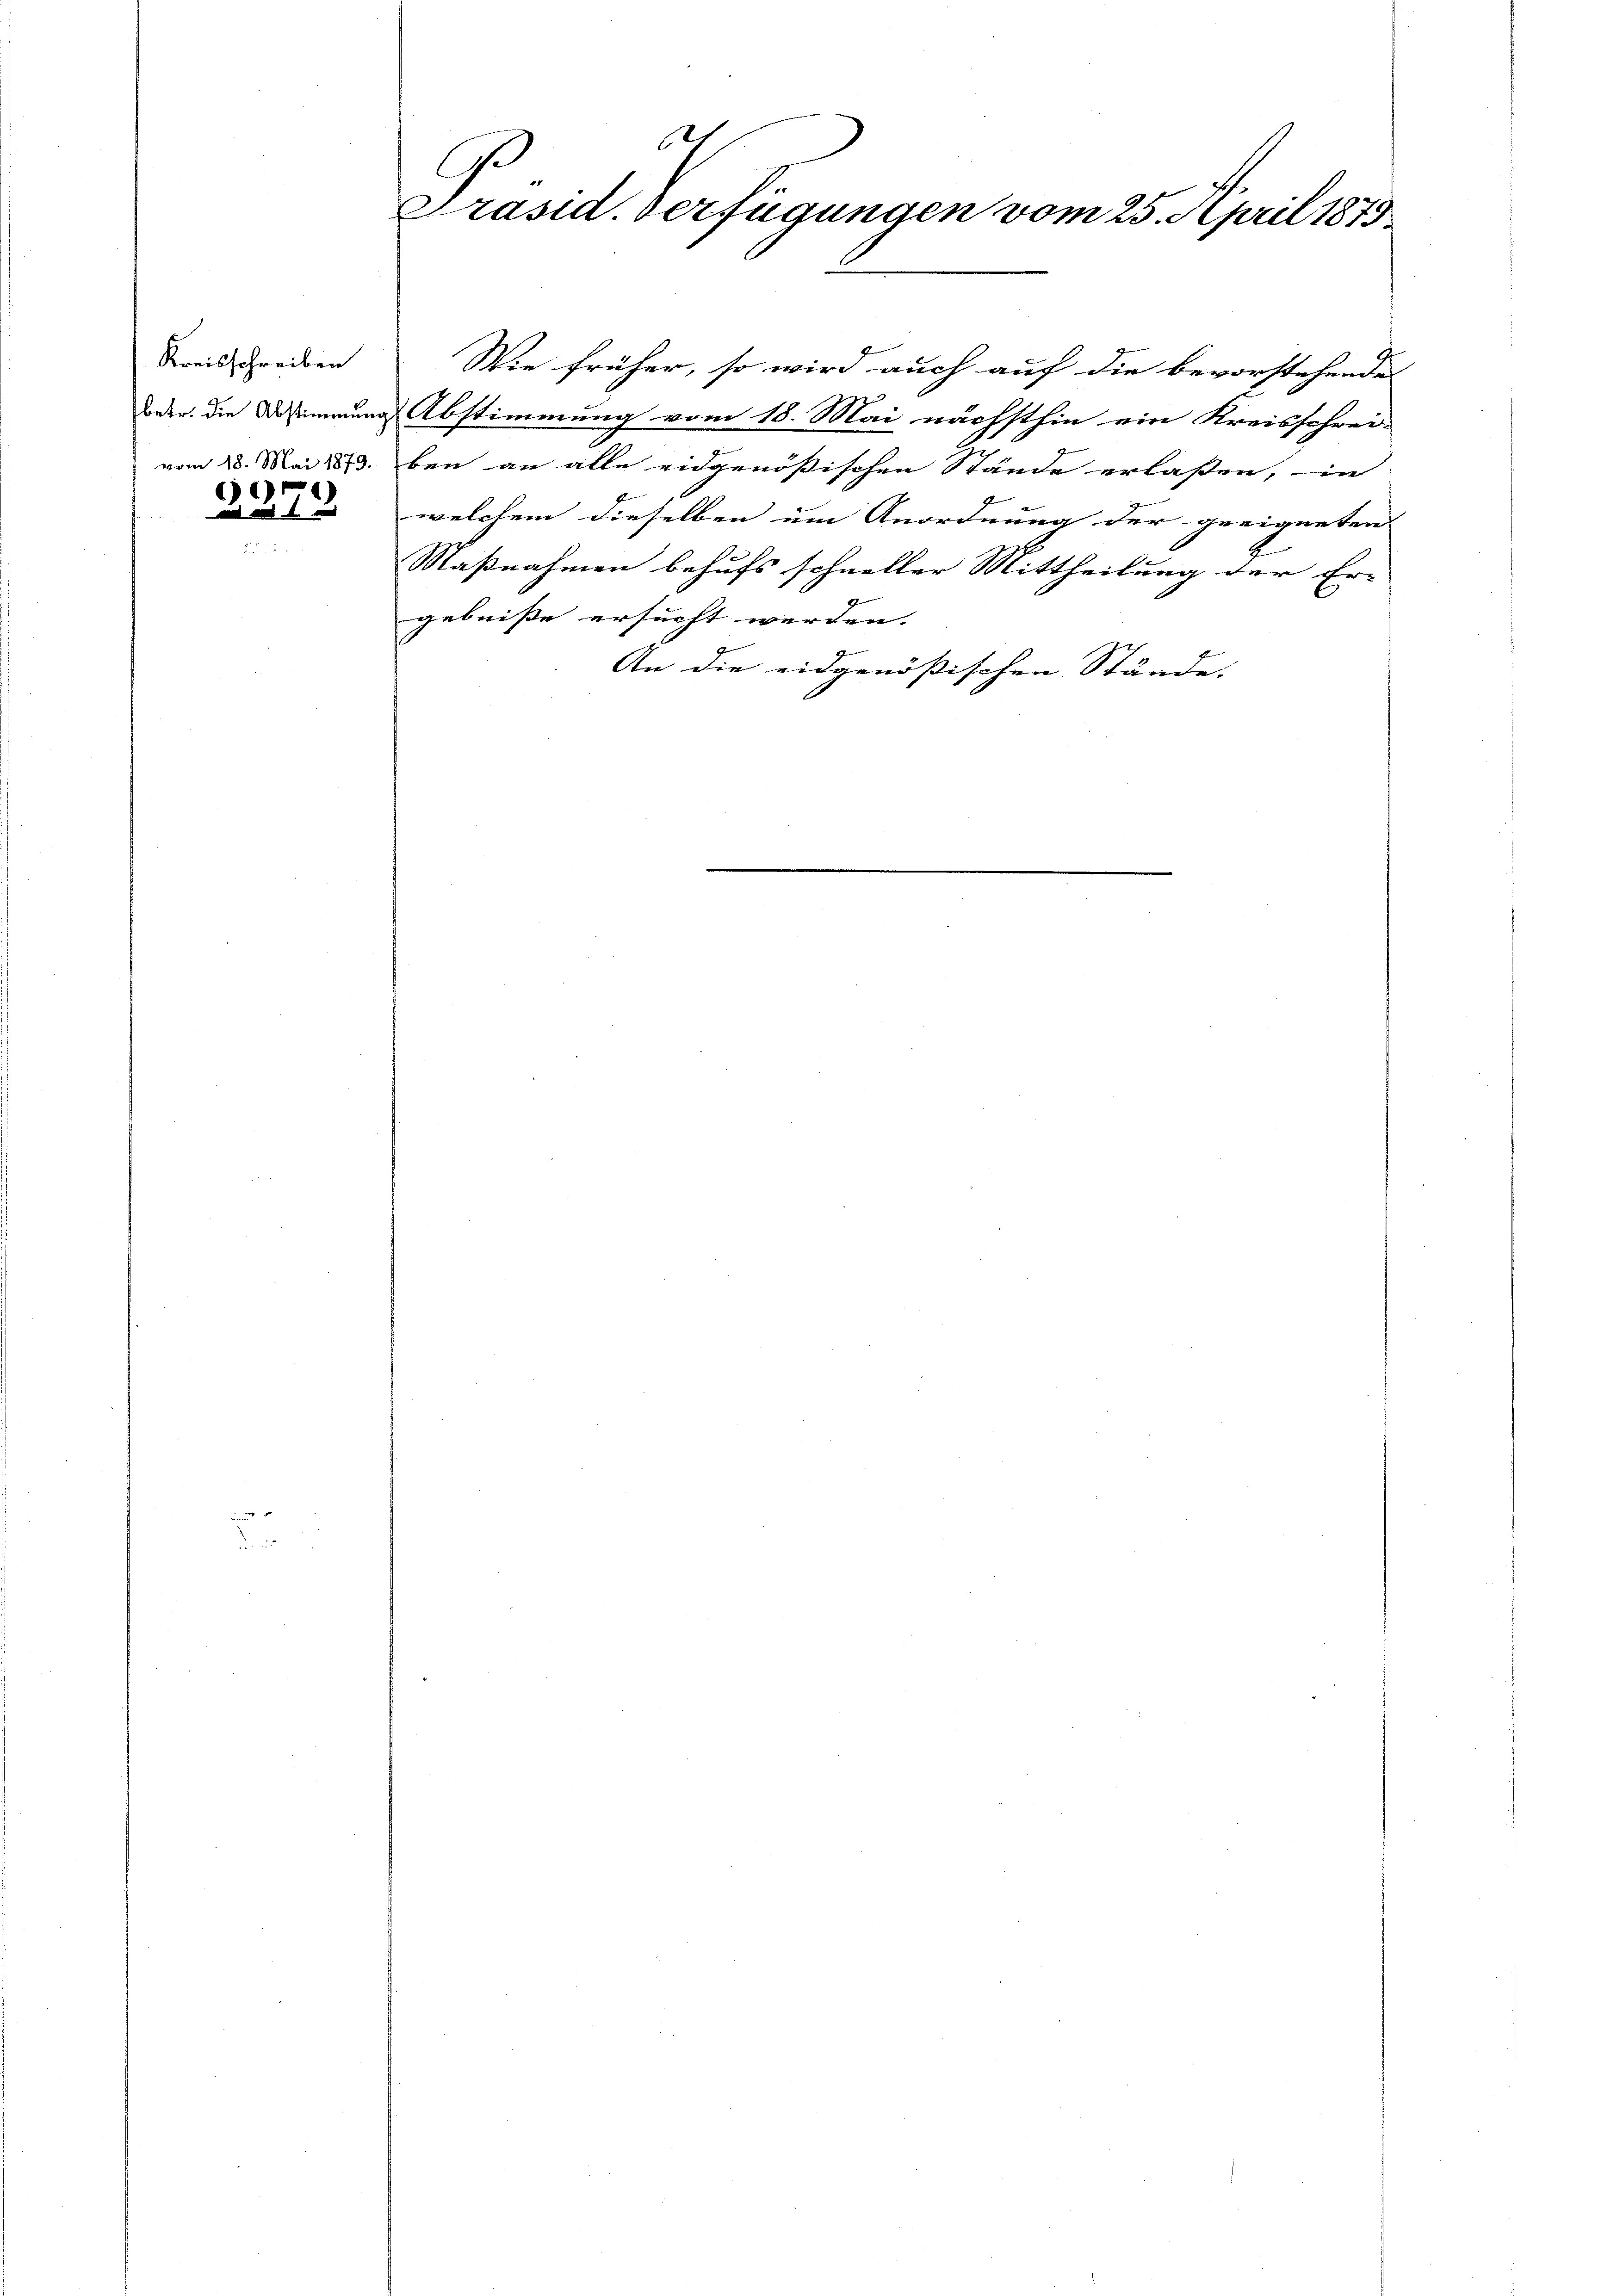
Kreisschreiben
vom 18. Mai 1879.

3373

t
Präsid. Verfügungen vom 25. April 1873

Wie früher, so wird auch auf die bevorstehende |
Forder. Die Bestimmung Abstimmung vom 18. Mai nächsthin ein Kreisschrei-
ben an alle eidgenößischen Stände erlassen, in
welchem dieselben um Anordnung der geeigneten
Maßnahmen behufs schneller Mittheilung der Er-
gebniße ersucht werden. |
g
An die eidgenößischen Stände.